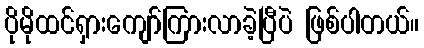
ပိုမိုထင်ရှားကျော်ကြားလာခဲ့ပြီပဲ ဖြစ်ပါတယ်။